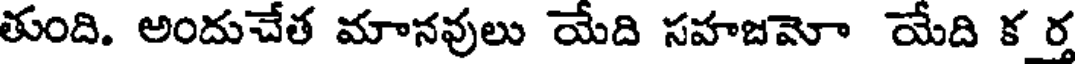
తుంది. అందుచేత మానవులు యేది సహజమో యేది క ర్త